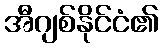
အီဂျစ်နိုင်ငံ၏